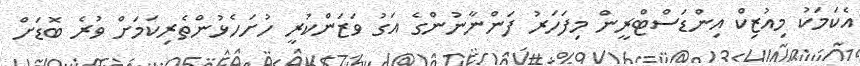
އެކަމަކު މިއުޒިކް އިންޑަސްޓްރީން މިފަހަރު ފަންނާނުންގެ އަގު ވަޒަންކުރީ ހުށަހެޅުންތެރިކަމަށް ވުރެ ބޮޑަށް